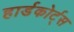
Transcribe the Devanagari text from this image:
हार्डकोर्ट्स